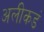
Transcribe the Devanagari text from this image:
अलीकडं